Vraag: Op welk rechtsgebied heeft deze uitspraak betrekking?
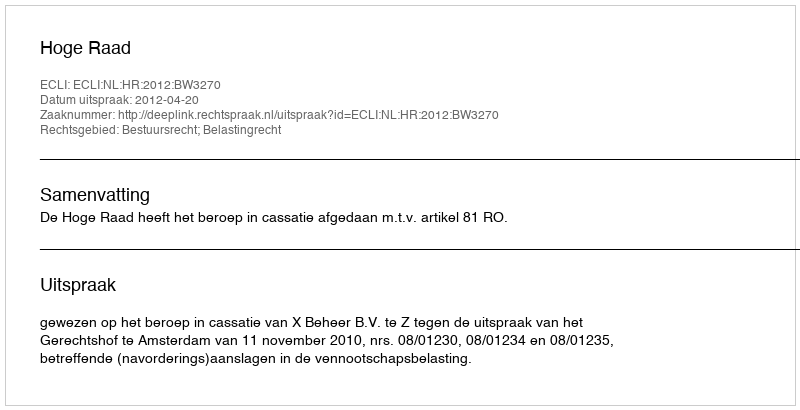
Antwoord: Bestuursrecht; Belastingrecht